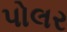
પોલર